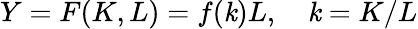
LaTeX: Y=F(K,L)=f(\mathit{k})L,\quad\mathit{k}=K/L